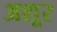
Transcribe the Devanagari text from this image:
अशूर